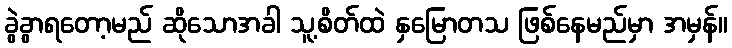
ခွဲခွာရတော့မည် ဆိုသောအခါ သူ့စိတ်ထဲ နှမြောတသ ဖြစ်နေမည်မှာ အမှန်။